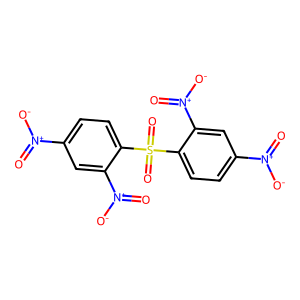
SMILES: O=[N+]([O-])c1ccc(S(=O)(=O)c2ccc([N+](=O)[O-])cc2[N+](=O)[O-])c([N+](=O)[O-])c1
Inhibits HIV replication: No